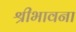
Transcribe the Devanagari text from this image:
श्रीभावना